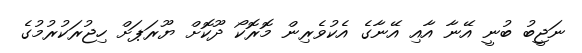
ނަޖީބު ބުނީ އޭނާ އާއި އޭނާގެ އެކުވެރިން މޮރޮކޯ ދޫކޮށް ޔޫރަޕަށް ހިޖުރަކުރުމުގެ